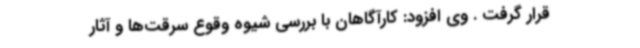
قرار گرفت . وی افزود: کارآگاهان با بررسی شیوه وقوع سرقت‌ها و آثار